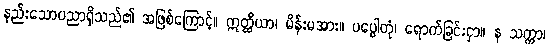
နည်းသောပညာရှိသည်၏ အဖြစ်ကြောင့်။ ဣတ္ထိယာ၊ မိန်းမအား။ ပပ္ပေါတုံ၊ ရောက်ခြင်းငှာ။ န သက္ကာ၊